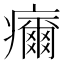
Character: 𤻞